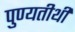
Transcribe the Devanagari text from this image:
पुण्यतीर्थी